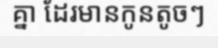
គ្នា ដែរមានកូនតូចៗ